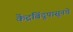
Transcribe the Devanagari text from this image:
केंद्रबिंदूपासूनचे